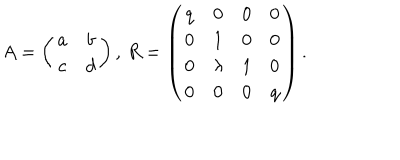
A = \left( \begin{array} { c c } { { a } } & { { b } } \\ { { c } } & { { d } } \\ \end{array} \right) , \, R = \left( \begin{array} { c c c c } { { q } } & { { 0 } } & { { 0 } } & { { 0 } } \\ { { 0 } } & { { 1 } } & { { 0 } } & { { 0 } } \\ { { 0 } } & { { \lambda } } & { { 1 } } & { { 0 } } \\ { { 0 } } & { { 0 } } & { { 0 } } & { { q } } \\ \end{array} \right) .